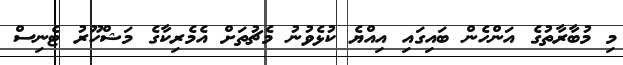
މި މުބާރާތުގެ އަންހެން ބައިގައި އިއްޔެ ކުޅެވުނު މެޗުތަށް އެމެރިކާގެ މަޝްހޫރު ޓެނިސް